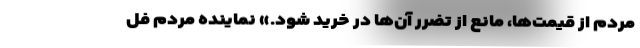
مردم از قیمت‌ها، مانع از تضرر آن‌ها در خرید شود.» نماینده مردم فل